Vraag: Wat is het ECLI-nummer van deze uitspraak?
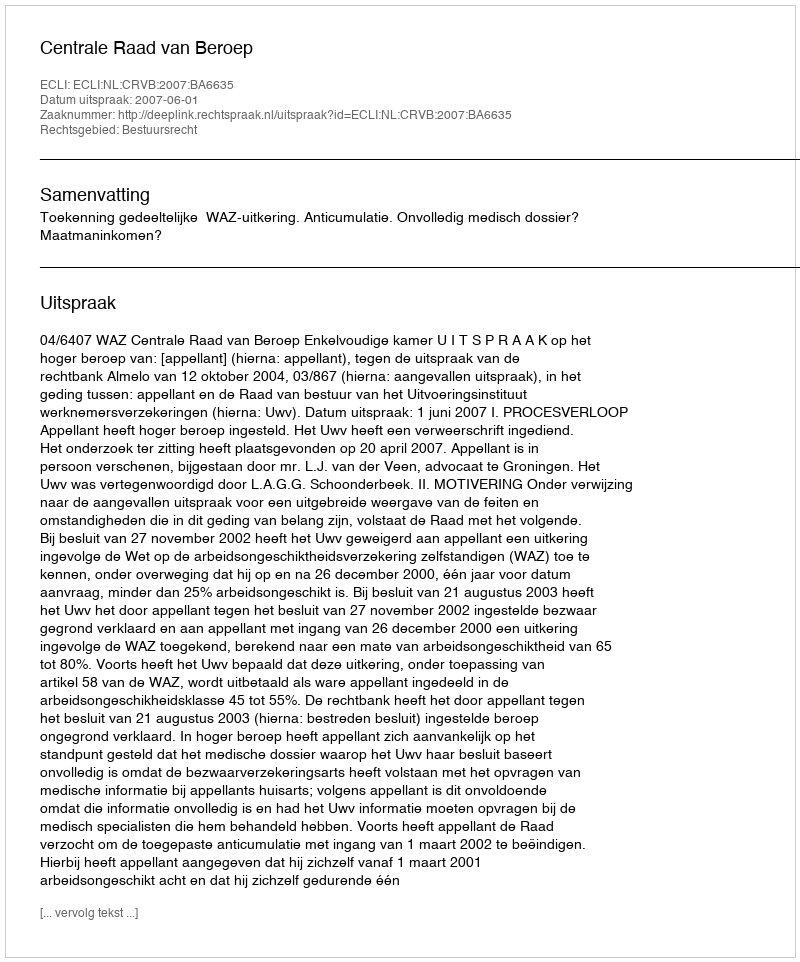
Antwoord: ECLI:NL:CRVB:2007:BA6635